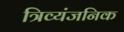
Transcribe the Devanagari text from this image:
त्रिव्यंजनिक